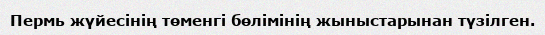
Пермь жүйесінің төменгі бөлімінің жыныстарынан түзілген.